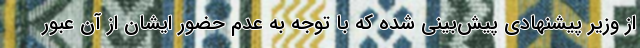
از وزیر پیشنهادی پیش‌بینی شده که با توجه به عدم حضور ایشان از آن عبور